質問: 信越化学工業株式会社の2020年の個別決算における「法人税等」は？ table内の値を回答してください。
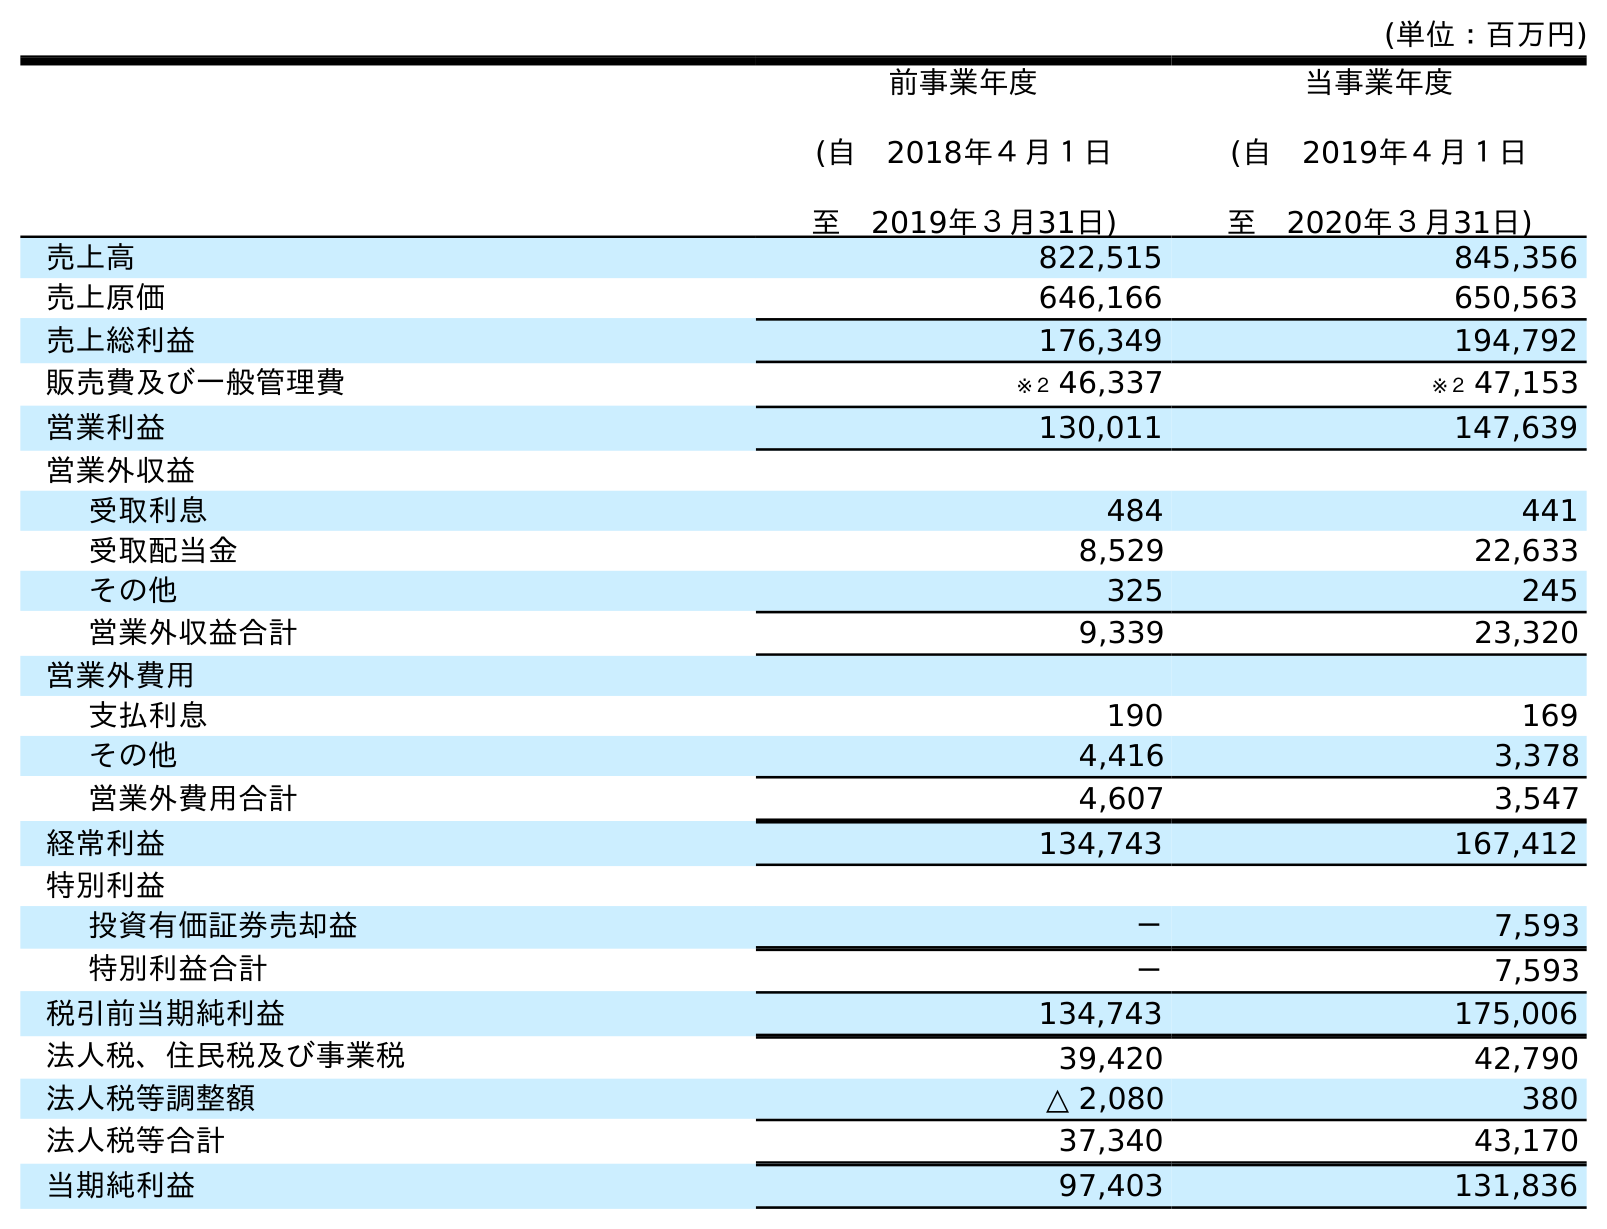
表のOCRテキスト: (単位：百万円) 前事業年度 (自 2018年４月１日 至 2019年３月31日) 当事業年度 (自 2019年４月１日 至 2020年３月31日) 売上高 822,515 845,356 売上原価 646,166 650,563 売上総利益 176,349 194,792 販売費及び一般管理費 ※２ 46,337 ※２ 47,153 営業利益 130,011 147,639 営業外収益 受取利息 484 441 受取配当金 8,529 22,633 その他 325 245 営業外収益合計 9,339 23,320 営業外費用 支払利息 190 169 その他 4,416 3,378 営業外費用合計 4,607 3,547 経常利益 134,743 167,412 特別利益 投資有価証券売却益 － 7,593 特別利益合計 － 7,593 税引前当期純利益 134,743 175,006 法人税、住民税及び事業税 39,420 42,790 法人税等調整額 △ 2,080 380 法人税等合計 37,340 43,170 当期純利益 97,403 131,836
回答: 43,170